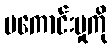
မကောင်းမှုကို